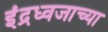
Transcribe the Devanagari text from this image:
इंद्रध्वजाच्या